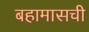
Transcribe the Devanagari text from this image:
बहामासची